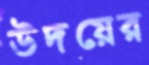
উদয়ের